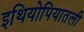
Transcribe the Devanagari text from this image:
इथियोपियातली